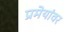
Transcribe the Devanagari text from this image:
प्रमेयांवर